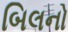
બિલનો